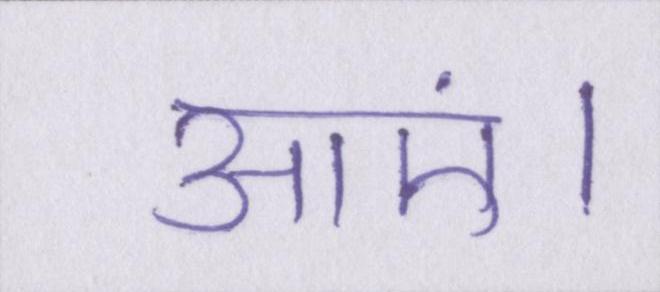
आएं।